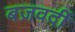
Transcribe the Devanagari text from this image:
बज़वर्दी